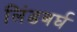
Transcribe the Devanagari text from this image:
लिंडबर्घ